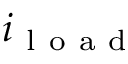
i _ { \mathrm { ~ l ~ o ~ a ~ d ~ } }